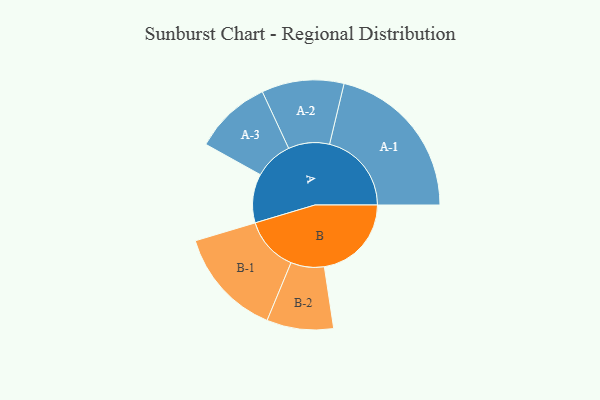
{"axis": {"x": "Segment", "y": "Value"}, "legend": ["", "A", "B"], "data": [{"x": "A", "y": 151, "type": ""}, {"x": "B", "y": 269, "type": ""}, {"x": "A-1", "y": 253, "type": "A"}, {"x": "A-2", "y": 127, "type": "A"}, {"x": "A-3", "y": 119, "type": "A"}, {"x": "B-1", "y": 168, "type": "B"}, {"x": "B-2", "y": 103, "type": "B"}]}